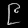
Digit: ၉